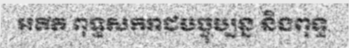
អតីត ពុទ្ធសករាជបច្ចុប្បន្ន និងពុទ្ធ